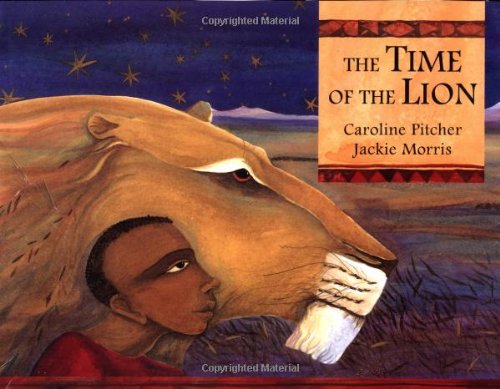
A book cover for Time of the Lion; Children's Books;